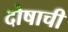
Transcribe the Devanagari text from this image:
दोषाची